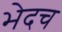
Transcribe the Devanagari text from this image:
भेदच